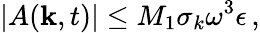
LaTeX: |A({\mathbf k},t)|\le M_{1}\sigma_{k}\omega^{3}\epsilon\, ,